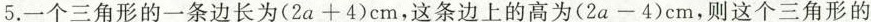
5.一个三角形的一条边长为$$(2a+4)$$cm，这条边上的高为$$(2a-4)$$cm，则这个三角形的